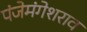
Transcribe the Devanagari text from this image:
पंजेमंगेशराव